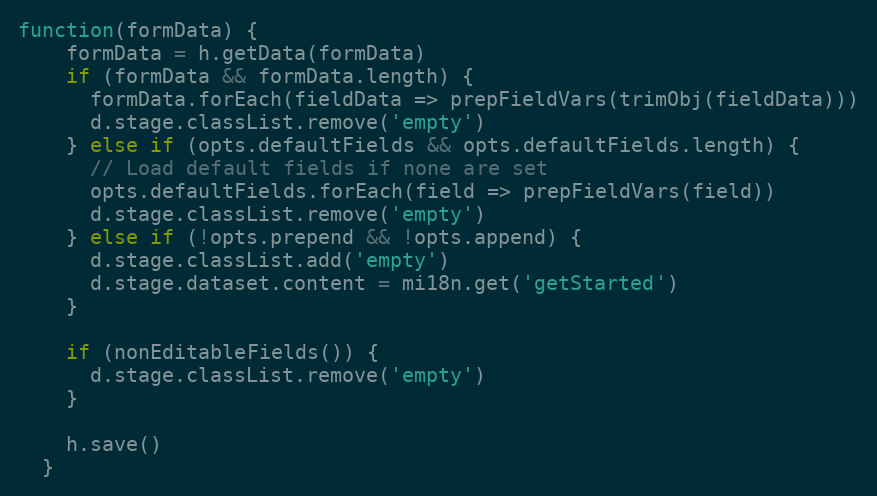
Language: JavaScript
function(formData) {
    formData = h.getData(formData)
    if (formData && formData.length) {
      formData.forEach(fieldData => prepFieldVars(trimObj(fieldData)))
      d.stage.classList.remove('empty')
    } else if (opts.defaultFields && opts.defaultFields.length) {
      // Load default fields if none are set
      opts.defaultFields.forEach(field => prepFieldVars(field))
      d.stage.classList.remove('empty')
    } else if (!opts.prepend && !opts.append) {
      d.stage.classList.add('empty')
      d.stage.dataset.content = mi18n.get('getStarted')
    }

    if (nonEditableFields()) {
      d.stage.classList.remove('empty')
    }

    h.save()
  }